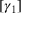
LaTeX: [ \gamma _ { 1 } ]